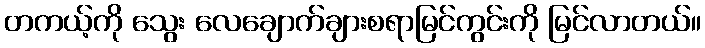
တကယ့်ကို သွေး လေချောက်ချားစရာမြင်ကွင်းကို မြင်လာတယ်။